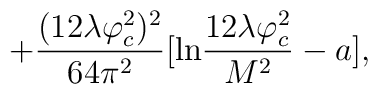
+ \frac{(12\lambda\varphi_{c}^{2})^{2}}{64\pi^{2}}[ {\rm ln}\frac{12\lambda\varphi_{c}^{2}}{M^{2}}-a],